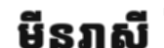
មីនរាសី